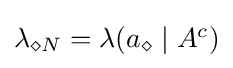
\textstyle \lambda _{\diamond N}=\lambda (a_{\diamond }\mid A^{c})